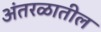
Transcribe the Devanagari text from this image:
अंतरळातील